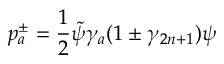
p _ { a } ^ { \pm } = \frac { 1 } { 2 } \tilde { \psi } \gamma _ { a } ( 1 \pm \gamma _ { 2 n + 1 } ) \psi